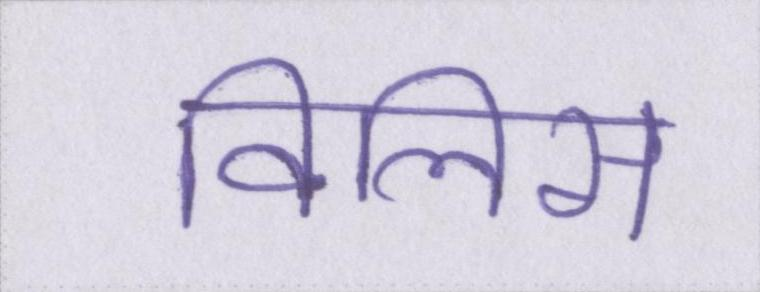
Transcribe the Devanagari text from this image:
विलिस